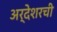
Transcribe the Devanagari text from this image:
अर्देशरची